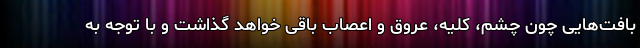
بافت‌هایی چون چشم، کلیه، عروق و اعصاب باقی خواهد گذاشت و با توجه به